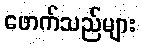
ဖောက်သည်များ